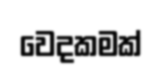
වෙදකමක්